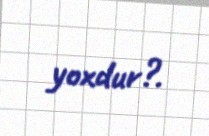
yoxdur?.